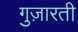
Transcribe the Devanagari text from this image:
गुज़ारती